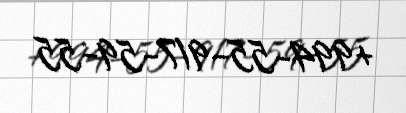
+994-55-917-59-55